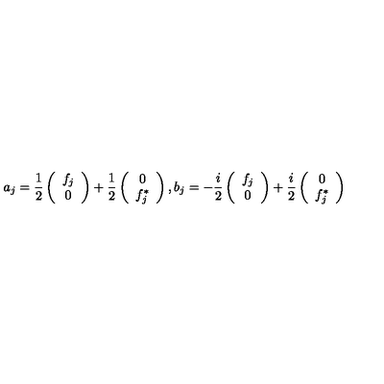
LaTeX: a _ { j } = \frac { 1 } { 2 } \left( \begin{array} { c } { f _ { j } } \\ { 0 } \\ \end{array} \right) + \frac { 1 } { 2 } \left( \begin{array} { c } { 0 } \\ { f _ { j } ^ { \ast } } \\ \end{array} \right) , b _ { j } = - \frac { i } { 2 } \left( \begin{array} { c } { f _ { j } } \\ { 0 } \\ \end{array} \right) + \frac { i } { 2 } \left( \begin{array} { c } { 0 } \\ { f _ { j } ^ { \ast } } \\ \end{array} \right)